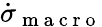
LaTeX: \dot{\sigma}_{\mathrm{~m~a~c~r~o~}}